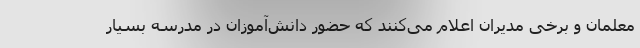
معلمان و برخی مدیران اعلام می‌کنند که حضور دانش‌آموزان در مدرسه بسیار